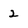
Character: 2